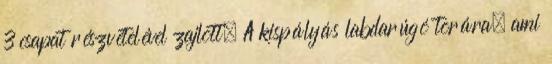
3 csapat részvételével zajlott. A kispályás labdarúgó torára, ami